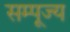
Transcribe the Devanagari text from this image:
सम्पूज्य